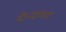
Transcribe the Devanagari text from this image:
नीन्दाकारा